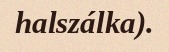
halszálka).